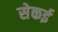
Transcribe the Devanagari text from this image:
सेकई